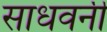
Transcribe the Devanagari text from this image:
साधवनी